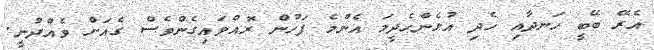
އެރޭ ބޭބީ ހަނދާއި ހެދި އުޅެންހެދީމަ އެންމެ ފަހުން ރޮއްވައިގެންވެސް ގެއަށް ވެއްދުނީ.